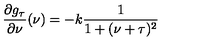
{ \frac { \partial g _ { \tau } } { \partial \nu } } ( \nu ) = - k { \frac { 1 } { 1 + ( \nu + \tau ) \sp 2 } }